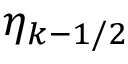
\eta _ { k - 1 / 2 }